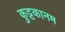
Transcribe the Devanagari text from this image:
कुट्टकानम